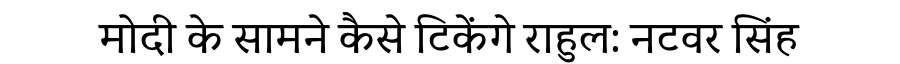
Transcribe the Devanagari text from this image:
मोदी के सामने कैसे टिकेंगे राहुल: नटवर सिंह